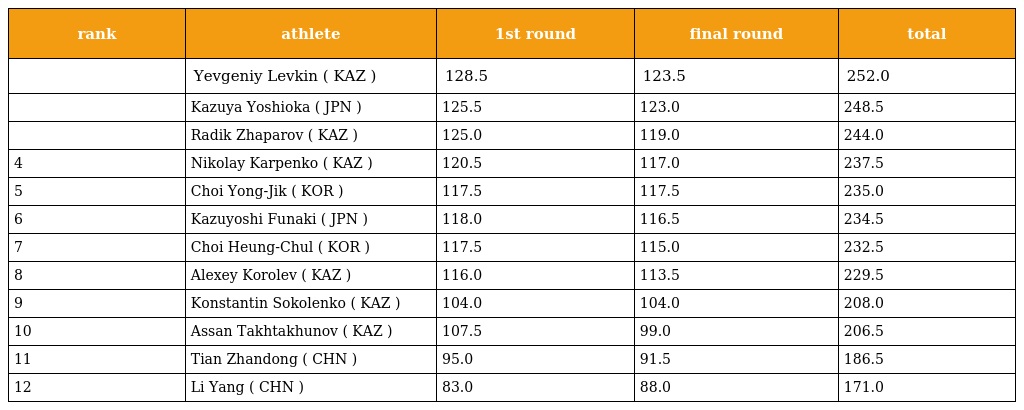
| rank | athlete | 1st round | final round | total |
 | --- | --- | --- | --- | --- |
 |  | Yevgeniy Levkin ( KAZ ) | 128.5 | 123.5 | 252.0 |
 |  | Kazuya Yoshioka ( JPN ) | 125.5 | 123.0 | 248.5 |
 |  | Radik Zhaparov ( KAZ ) | 125.0 | 119.0 | 244.0 |
 | 4 | Nikolay Karpenko ( KAZ ) | 120.5 | 117.0 | 237.5 |
 | 5 | Choi Yong-Jik ( KOR ) | 117.5 | 117.5 | 235.0 |
 | 6 | Kazuyoshi Funaki ( JPN ) | 118.0 | 116.5 | 234.5 |
 | 7 | Choi Heung-Chul ( KOR ) | 117.5 | 115.0 | 232.5 |
 | 8 | Alexey Korolev ( KAZ ) | 116.0 | 113.5 | 229.5 |
 | 9 | Konstantin Sokolenko ( KAZ ) | 104.0 | 104.0 | 208.0 |
 | 10 | Assan Takhtakhunov ( KAZ ) | 107.5 | 99.0 | 206.5 |
 | 11 | Tian Zhandong ( CHN ) | 95.0 | 91.5 | 186.5 |
 | 12 | Li Yang ( CHN ) | 83.0 | 88.0 | 171.0 |